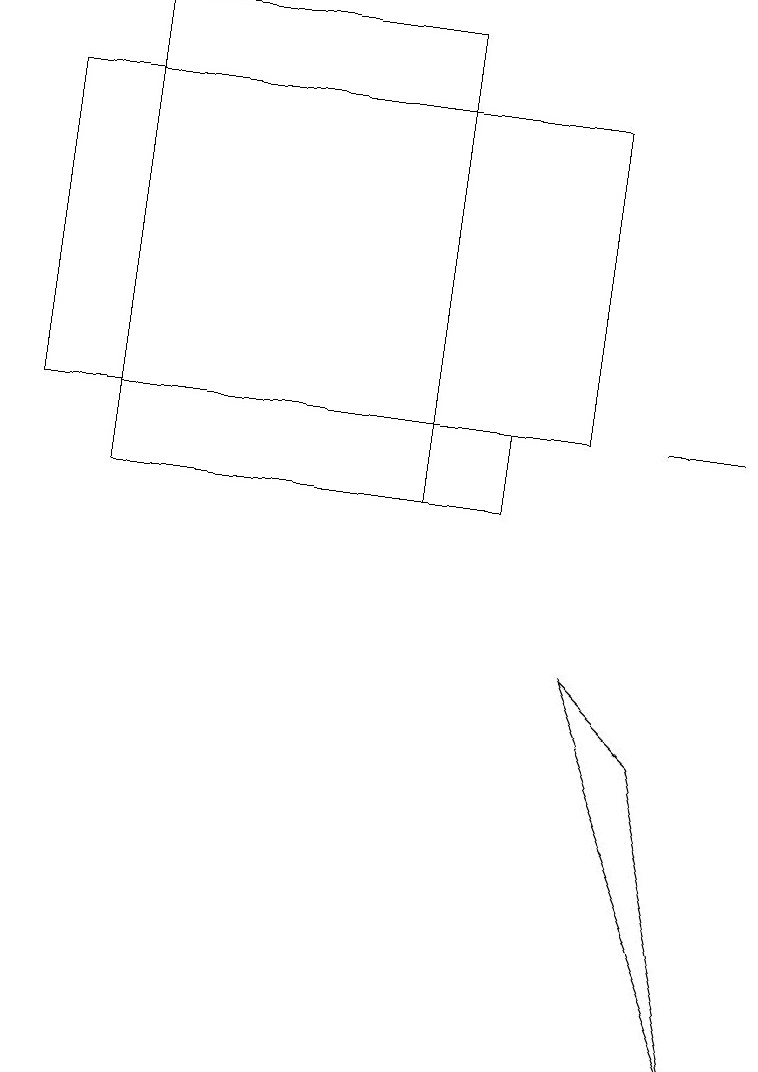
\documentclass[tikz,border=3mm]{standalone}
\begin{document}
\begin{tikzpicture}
\draw (8,8) -- (9,4) -- (7,9) -- cycle;
\draw (1,12) rectangle (6,11);
\draw (8,12) rectangle (9,12);
\draw (1,17) rectangle (5,11);
\draw (0,12) rectangle (7,16);
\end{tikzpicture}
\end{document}